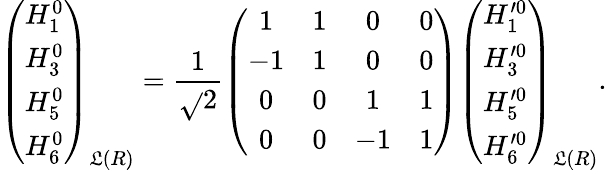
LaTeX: \left(\begin{array}{c}{{H_{1}^{0}}}\\ {{H_{3}^{0}}}\\ {{H_{5}^{0}}}\\ {{H_{6}^{0}}}\end{array}\right)_{\mathfrak{L}(R)}=\frac{{1}}{{\sqrt{}{{2}}}}\left(\begin{array}{cccc}{{1}}&{{1}}&{{0}}&{{0}}\\ {{-1}}&{{1}}&{{0}}&{{0}}\\ {{0}}&{{0}}&{{1}}&{{1}}\\ {{0}}&{{0}}&{{-1}}&{{1}}\end{array}\right)\left(\begin{array}{c}{{H_{1}^{\prime 0}}}\\ {{H_{3}^{\prime 0}}}\\ {{H_{5}^{\prime 0}}}\\ {{H_{6}^{\prime 0}}}\end{array}\right)_{\mathfrak{L}(R)}.